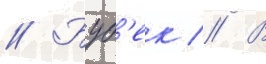
// Буб'ек // В